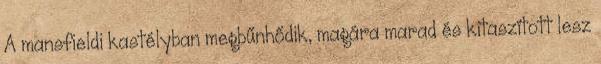
A mansfieldi kastélyban megbűnhődik, magára marad és kitaszított lesz